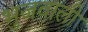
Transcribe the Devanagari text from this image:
भुजवाली